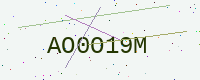
Text: AO0O19M